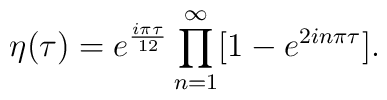
\displaystyle\eta(\tau)=  e^{\frac{i\pi\tau}{12}} \prod_{n=1}^{\infty} [ 1 -e^{2in\pi\tau} ] .